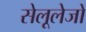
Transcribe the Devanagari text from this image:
सेलूलेजों